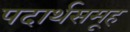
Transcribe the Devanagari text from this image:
पदार्थसमूह